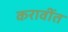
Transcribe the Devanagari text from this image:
करावींत